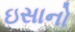
ઇસાનો